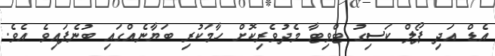
އެޑް އަދި ޕޯލް ކަސިގު ޓްވިޓާ މެދުވެރިކޮށް ހާމަކުރި ބަޔާނެއްގައި ބުނެފައިވެ އެވެ.